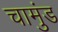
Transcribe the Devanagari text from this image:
चामुंड